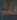
ها